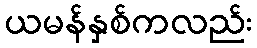
ယမန်နှစ်ကလည်း